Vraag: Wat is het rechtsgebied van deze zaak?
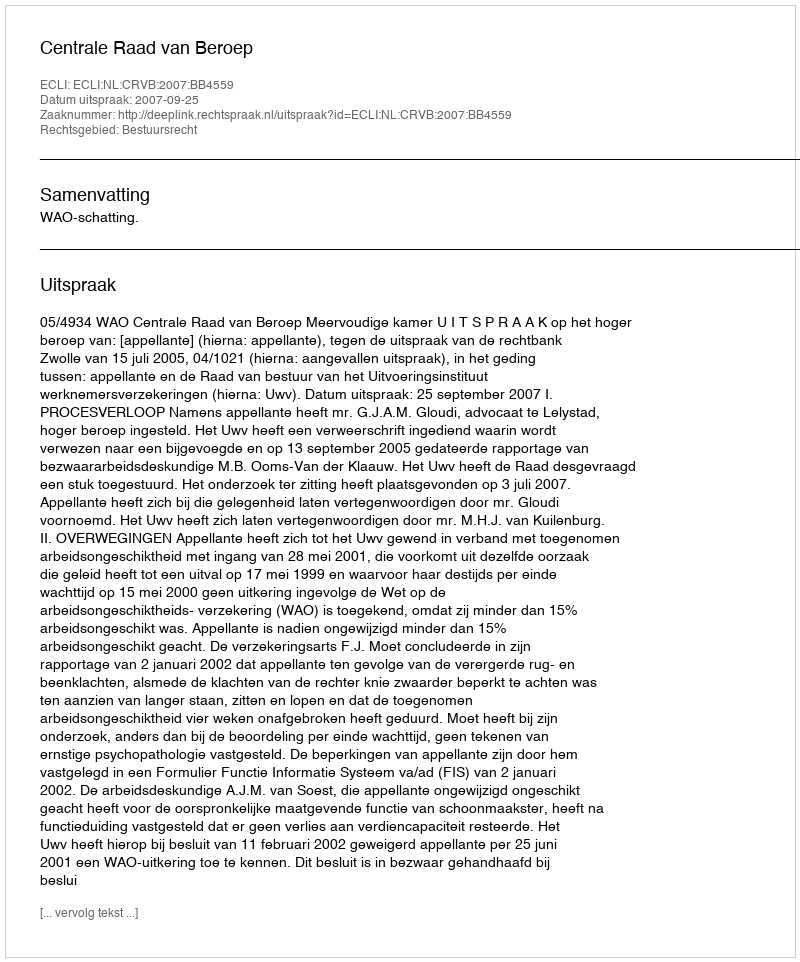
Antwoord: Bestuursrecht